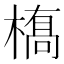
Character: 𫞎